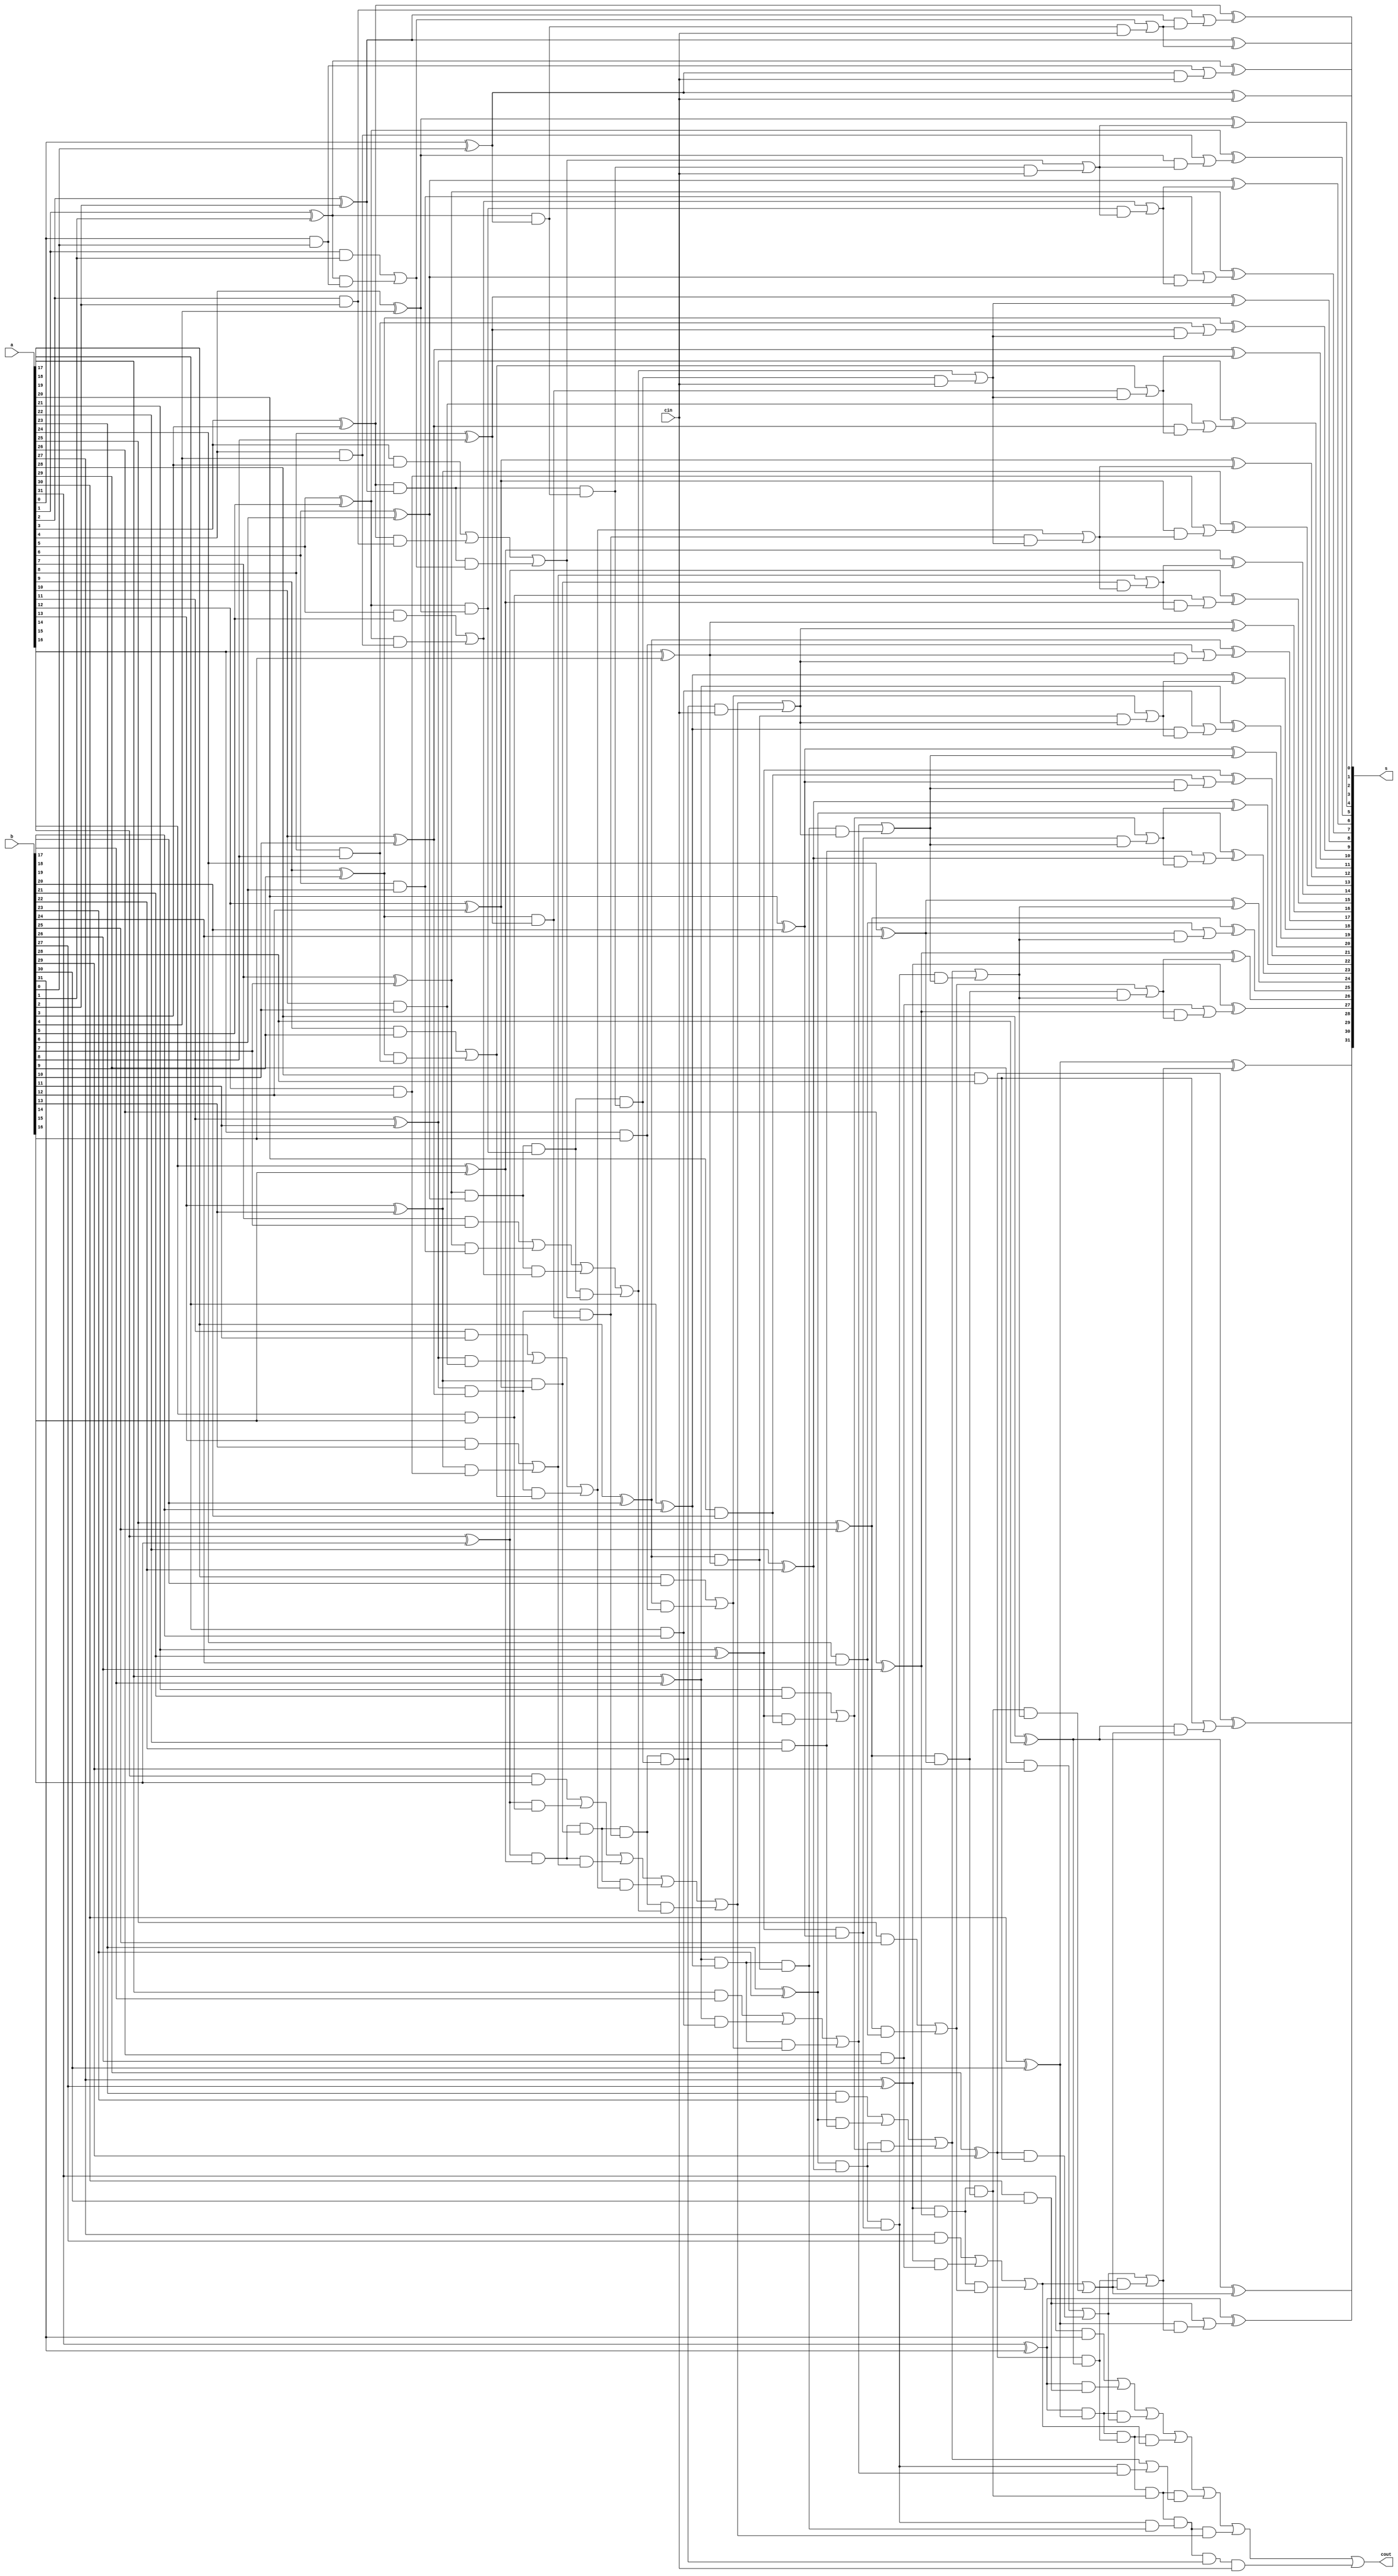
module bentkung(a,b,cin,s,cout);
input[31:0] a,b;
input cin;
output[31:0] s;
output cout;
wire [32:0] c;
wire[31:0] p1,g1;
wire[15:0] p2,g2;
wire[7:0] p3,g3;
wire[3:0] p4,g4;
wire[1:0] p5,g5;
wire[0:0] p6,g6;
assign c[0]=cin;
genvar i;
generate
for(i=0;i<=31;i=i+1)
begin:ll 
assign p1[i]=a[i] ^ b[i];
assign g1[i]=a[i] & b[i];

end
endgenerate

generate
for(i=0;i<=15;i=i+1)
begin:l99
assign p2[i]= p1[2*i+1] & p1[2*i];
 assign g2[i]= g1[2*i+1]| (p1[2*i+1] & g1[2*i]);
end
endgenerate

generate
for(i=0;i<=7;i=i+1)
begin:l2
assign p3[i]= p2[2*i+1] & p2[2*i];
assign g3[i]=g2[2*i+1]| (p2[2*i+1] & g2[2*i]);
end
endgenerate

generate
for(i=0;i<=3;i=i+1)
begin:l3
assign p4[i]=p3[2*i+1] & p3[2*i];
assign g4[i]=g3[2*i+1] |  (p3[2*i+1] & g3[2*i]);
end
endgenerate

generate
for(i=0;i<=1;i=i+1)
begin:l4
assign p5[i]=p4[2*i+1] & p4[2*i];
assign g5[i]=g4[2*i+1] |  (p4[2*i+1] & g4[2*i]);
end
endgenerate

generate
for(i=0;i<=0;i=i+1)
begin:l5
assign p6[i]=p5[2*i+1] & p5[2*i];
assign g6[i]=g5[2*i+1] |  (p5[2*i+1] & g5[2*i]);
end
endgenerate

assign c[1]= g1[0] | ( p1[0] & c[0]);
assign c[2]= g2[0] | ( p2[0] & c[0]);
assign c[4]= g3[0] | ( p3[0] & c[0]);
assign c[8]= g4[0] | ( p4[0] & c[0]);
assign c[16]= g5[0] | ( p5[0] & c[0]);
assign c[32]= g6[0] | ( p6[0] & c[0]);

assign c[3]=g1[2] | (p1[2] & c[2]);
assign c[5]= g1[4] | ( p1[4] & c[4]);
assign c[6]= g2[2] | ( p2[2] & c[4]);
assign c[9]= g1[8] | ( p1[8] & c[8]);
assign c[10]= g2[4] | ( p2[4] & c[8]);
assign c[12]= g3[2] | ( p3[2] & c[8]);


assign c[13]= g1[12] | ( p1[12] & c[12]);
assign c[7]= g1[6] | ( p1[6] & c[6]);
assign c[11]= g1[10] | ( p1[10] & c[10]);
assign c[14]= g2[6] | ( p2[6] & c[12]);


assign c[15]= g1[14] | ( p1[14] & c[14]);
assign c[17]= g1[16] | ( p1[16] & c[16]);
assign c[18]= g2[8] | ( p2[8] & c[16]);
assign c[20]= g3[4] | ( p3[4] & c[16]);

assign c[19]= g1[18] | ( p1[18] & c[18]);
assign c[21]= g1[20] | ( p1[20] & c[20]);
assign c[22]= g2[10] | ( p2[10] & c[20]);
assign c[24]= g3[5] | ( p3[5] & c[20]);

assign c[23]= g1[22] | ( p1[22] & c[22]);
assign c[25]= g1[24] | ( p1[24] & c[24]);
assign c[26]= g2[12] | ( p2[12] & c[24]);
assign c[28]= g3[6] | ( p3[6] & c[24]);

assign c[27]= g1[26] | ( p1[26] & c[26]);
assign c[29]= g1[28] | ( p1[28] & c[28]);
assign c[30]= g2[14] | ( p2[14] & c[28]);

assign c[31]= g1[30] | ( p1[30] & c[30]);

generate
for(i=0;i<=31;i=i+1)
begin:l14
assign s[i]= p1[i] ^ c[i];
end
endgenerate


assign  cout=c[32];


endmodule